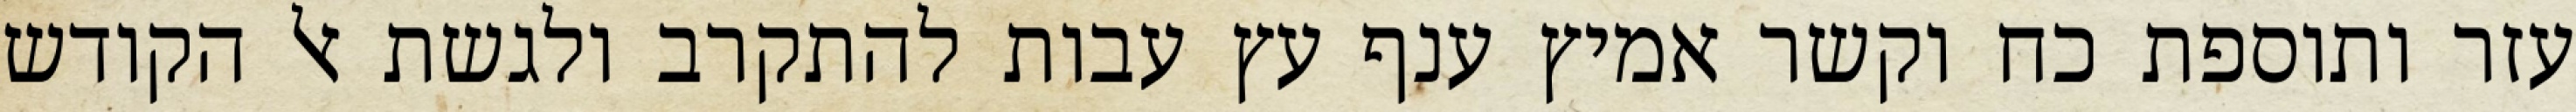
עזר ותוספת כח וקשר אמיץ ענף עץ עבות להתקרב ולגשת אל הקודש